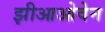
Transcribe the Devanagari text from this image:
झीआओवेन